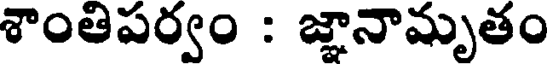
శాంతిపర్వం : జ్ఞానామృతం